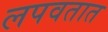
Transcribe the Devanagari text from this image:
लपवतात